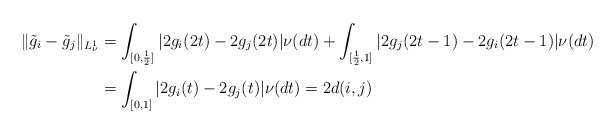
\begin{align*}\| \tilde{g}_i - \tilde{g}_j \|_{L_\nu^1} &= \int_{[0,\frac{1}{2}]} |2 g_i(2t)-2 g_j(2t)|\nu(dt) + \int_{[\frac{1}{2},1]} |2g_j(2t-1) - 2 g_i(2t-1)|\nu(dt) \\ &= \int_{[0,1]} |2g_i(t)-2g_j(t)|\nu (dt) =2 d(i,j)\end{align*}